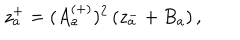
LaTeX: z _ { a } ^ { + } = ( A _ { a } ^ { ( + ) } ) ^ { 2 } \left( z _ { a } ^ { - } + B _ { a } \right) ,